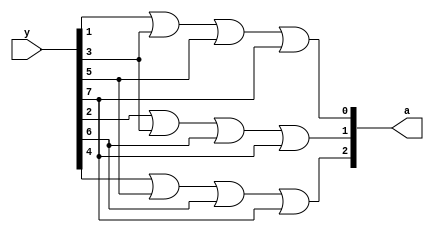
`timescale 1ns / 1ps

module encoder_8x3(y,a);
input [7:0]y;
output [2:0]a;
assign a[0]=(y[1]|y[3]|y[5]|y[7]);
assign a[1]=(y[2]|y[3]|y[6]|y[7]);
assign a[2]=(y[4]|y[5]|y[6]|y[7]);
endmodule